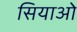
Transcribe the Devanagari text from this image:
सियाओ